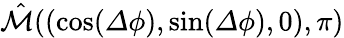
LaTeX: \hat{\mathcal{M}}((\cos({\mathit\Delta\phi}),\sin({\mathit\Delta\phi}),0),\pi)